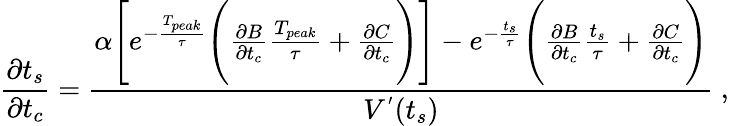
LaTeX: \frac{\partial t_{s}}{\partial t_{c}}=\frac{\alpha\Bigg[e^{-\frac{T_{peak}}{\tau}}\Bigg(\frac{\partial B}{\partial t_{c}}\frac{T_{peak}}{\tau}+\frac{\partial C}{\partial t_{c}}\Bigg)\Bigg]-e^{-\frac{t_{s}}{\tau}}\Bigg(\frac{\partial B}{\partial t_{c}}\frac{t_{s}}{\tau}+\frac{\partial C}{\partial t_{c}}\Bigg)}{V^{'}(t_{s})}~,